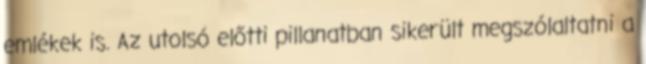
emlékek is. Az utolsó előtti pillanatban sikerült megszólaltatni a